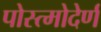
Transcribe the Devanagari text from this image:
पोस्त्मोदेर्ण